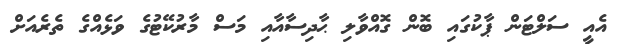
އެއީ ސަލްޓަން ޕާކުގައި ބޮން ގޮއްވާލި ޙާދިސާއާއި މަސް މާރުކޭޓުގެ ވަޅެއްގެ ތެރެއަށް